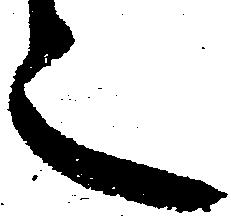
之